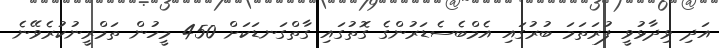
އަދި ވިދާޅުވީ ފުރަތަމަ ބުރުގައި އެމްބެސެޑަރުންގެ ގޮތުގައި ގާތްގަނޑަކަށް 450 މީހުން ތަމްރީނުކުރެވޭނެ